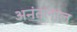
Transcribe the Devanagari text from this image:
अनंतलाल